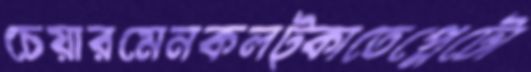
চেয়ারমেনকলট্‌কাতেপ্লেটো